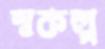
স্বকল্প